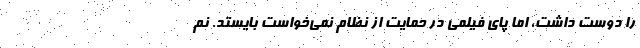
را دوست داشت، اما پای فیلمی در حمایت از نظام نمی‌خواست بایستد. نم